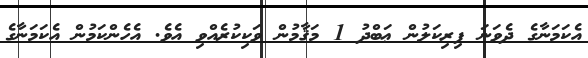
އެކަމަނާގެ ދެވަނަ ފިރިކަލުން ޢަބްދު 1 މަޤާމުން ވަކިކުރެއްވި އެވެ. އެހެންކަމުން އެކަމަނާގެ